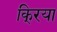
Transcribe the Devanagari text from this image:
कि्रया